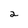
Character: 2